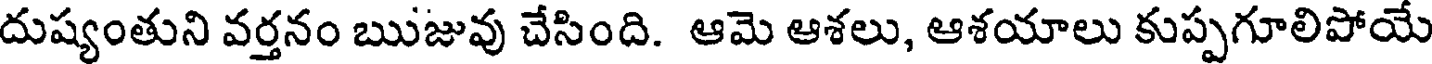
దుష్యంతుని వర్తనం ఋజువు చేసింది. ఆమె ఆశలు, ఆశయాలు కుప్పగూలిపోయే